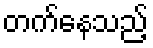
တက်နေသည့်